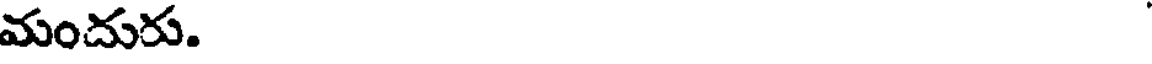
మందురు.